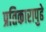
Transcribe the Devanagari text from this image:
प्रतिकारापुढे